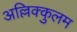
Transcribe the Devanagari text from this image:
अल्लिक्कुलम